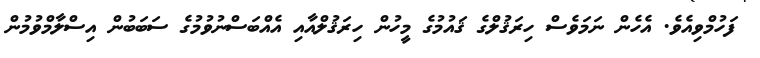
ފަހުމްވިއެވެ. އެހެން ނަމަވެސް ހިރަޤުލްގެ ޤައުމުގެ މީހުން ހިރަޤުލްއާއި އެއްބަސްނުވުމުގެ ސަބަބުން އިސްލާމްވުމުން